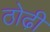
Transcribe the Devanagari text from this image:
ठोढी़